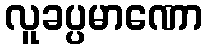
လူခပ္ပမာဏော